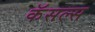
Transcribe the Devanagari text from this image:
कॅसल्स